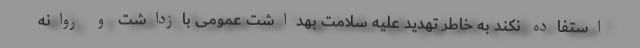
استفاده نکند به خاطر تهدید علیه سلامت بهداشت عمومی بازداشت و روانه